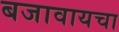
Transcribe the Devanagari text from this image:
बजावायचा